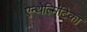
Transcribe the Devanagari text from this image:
एन्थेल्मिंटिका